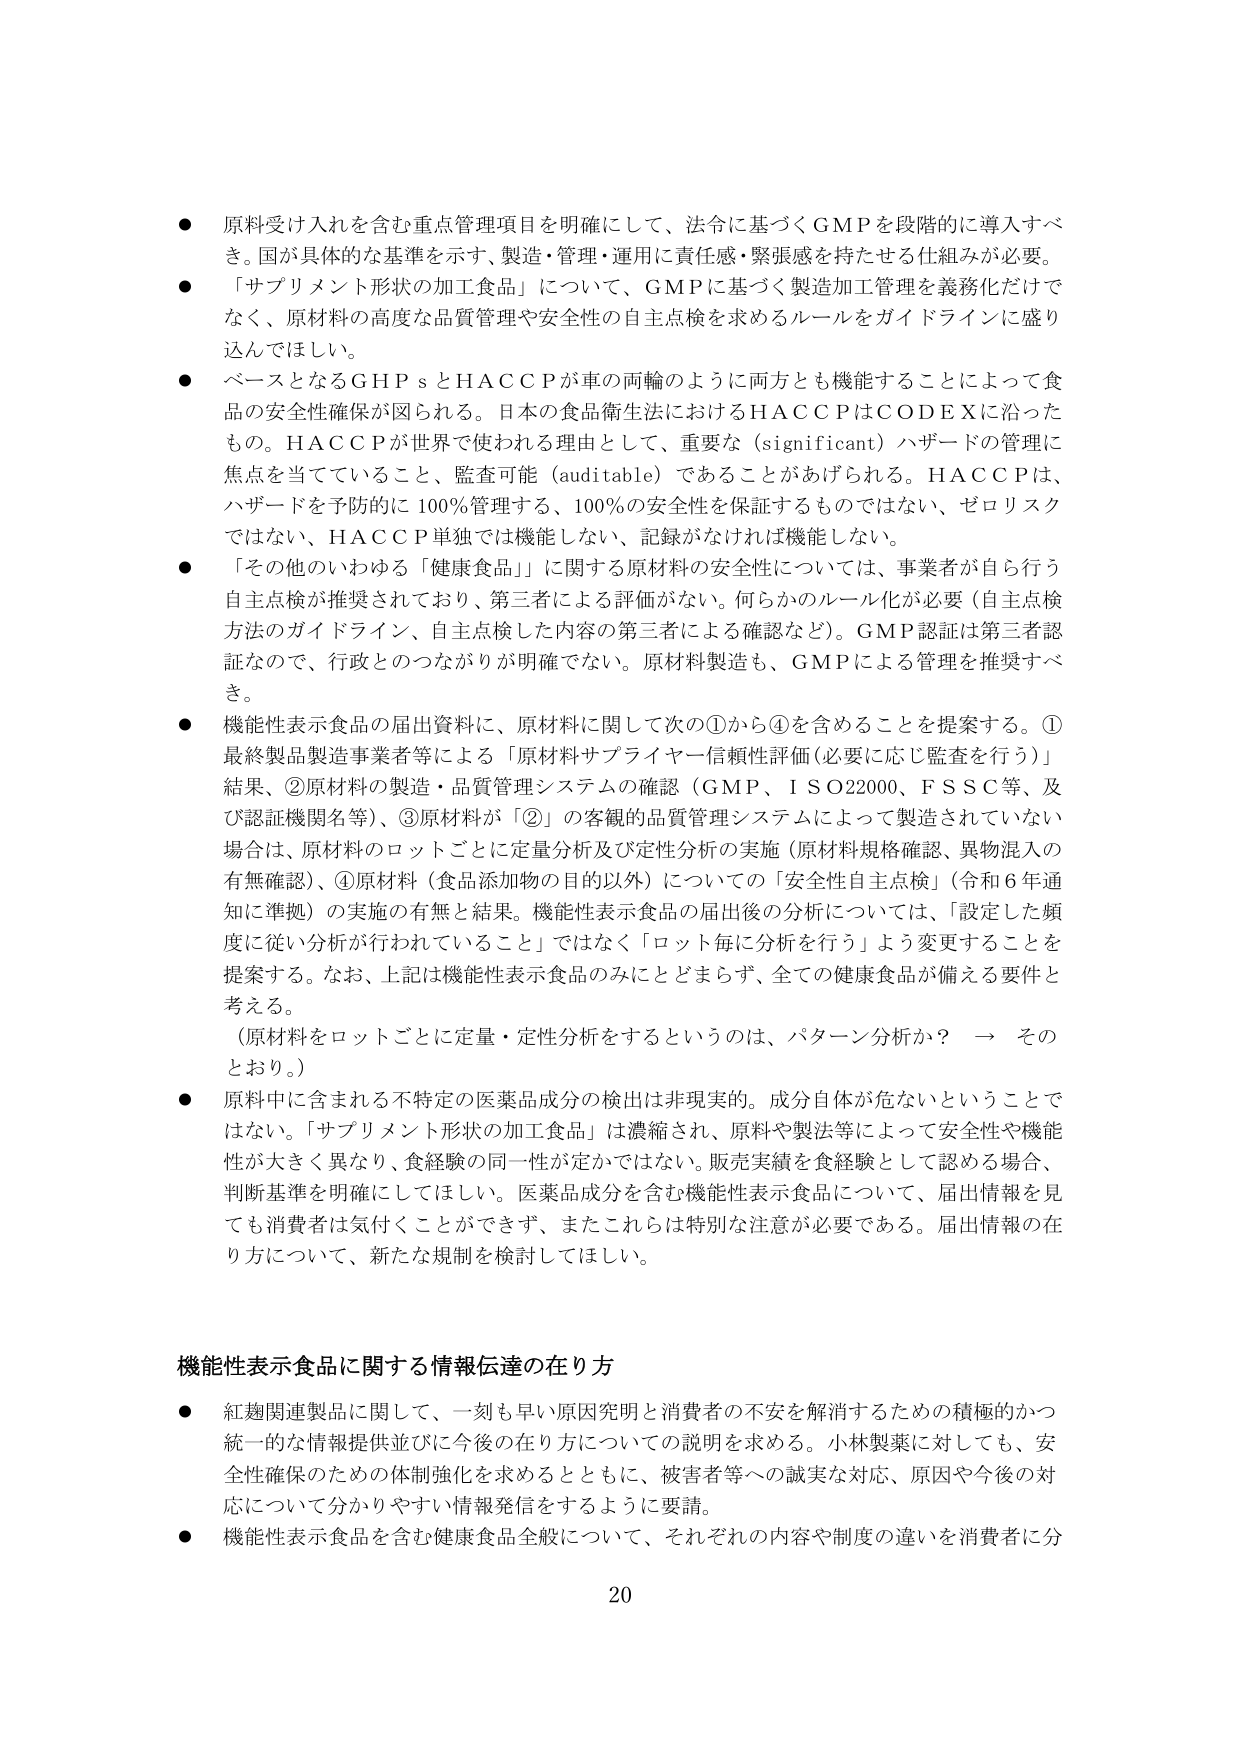
● 原料受け入れを含む重点管理項目を明確にして、法令に基づくGMPを段階的に導入すべき。国が具体的な基準を示す、製造・管理・運用に責任感・緊張感を持たせる仕組みが必要。

● 「サプリメント形状の加工食品」について、GMPに基づく製造加工管理を義務化だけでなく、原材料の高度な品質管理や安全性の自主点検を求めるルールをガイドラインに盛り込んでほしい。

● ベースとなるGHPsとHACCPが車の両輪のように両方とも機能することによって食品の安全性確保が図られる。日本の食品衛生法におけるHACCPはCODEXに沿ったもの。HACCPが世界で使われる理由として、重要な（significant）ハザードの管理に焦点を当てていること、監査可能（auditable）であることがあげられる。HACCPは、ハザードを予防的に100％管理する、100％の安全性を保証するものではない、ゼロリスクではない、HACCP単独では機能しない、記録がなければ機能しない。

● 「その他のいわゆる『健康食品』」に関する原材料の安全性については、事業者が自ら行う自主点検が推奨されており、第三者による評価がない。何らかのルール化が必要（自主点検方法のガイドライン、自主点検した内容の第三者による確認など）。GMP認証は第三者認証なので、行政とのつながりが明確でない。原材料製造も、GMPによる管理を推奨すべき。

● 機能性表示食品の届出資料に、原材料に関して次の①から④を含めることを提案する。①最終製品製造事業者等による「原材料サプライヤー信頼性評価（必要に応じ監査を行う）」結果、②原材料の製造・品質管理システムの確認（GMP、ISO22000、FSSC等、及び認証機関名等）、③原材料が「②」の客観的品質管理システムによって製造されていない場合は、原材料のロットごとに定量分析及び定性分析の実施（原材料規格確認、異物混入の有無確認）、④原材料（食品添加物の目的以外）についての「安全性自主点検」（令和6年通知に準拠）の実施の有無と結果。機能性表示食品の届出後の分析については、「設定した頻度に従い分析が行われていること」ではなく「ロット毎に分析を行う」よう変更することを提案する。なお、上記は機能性表示食品のみにとどまらず、全ての健康食品が備える要件と考える。

（原材料をロットごとに定量・定性分析をするというのは、パターン分析か？ → そのとおり。）

● 原料中に含まれる不特定の医薬品成分の検出は非現実的。成分自体が危ないということではない。「サプリメント形状の加工食品」は濃縮され、原料や製法等によって安全性や機能性が大きく異なり、食経験の同一性が定かではない。販売実績を食経験として認める場合、判断基準を明確にしてほしい。医薬品成分を含む機能性表示食品について、届出情報を見ても消費者は気付くことができず、またこれらは特別な注意が必要である。届出情報の在り方について、新たな規制を検討してほしい。

機能性表示食品に関する情報伝達の在り方

● 紅麹関連製品に関して、一刻も早い原因究明と消費者の不安を解消するための積極的かつ統一的な情報提供並びに今後の在り方についての説明を求める。小林製薬に対しても、安全性確保のための体制強化を求めるとともに、被害者等への誠実な対応、原因や今後の対応について分かりやすい情報発信をするように要請。

● 機能性表示食品を含む健康食品全般について、それぞれの内容や制度の違いを消費者に分

20